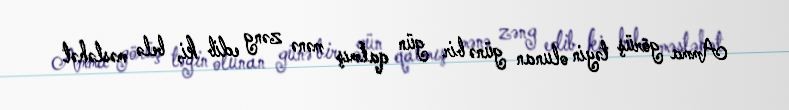
Amma görüş təyin olunan günə bir gün qalmış mənə zəng edib ki, belə məsləhət